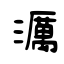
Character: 濿